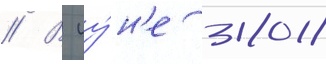
// В иу́н'е 2018